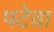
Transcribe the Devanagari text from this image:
पटेवा